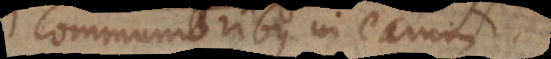
communioribus in ea